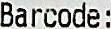
BARCODE: